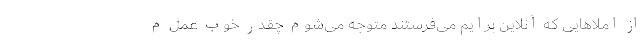
از املاهایی که آنلاین برایم می‌فرستند متوجه می‌شوم چقدر خوب عمل م